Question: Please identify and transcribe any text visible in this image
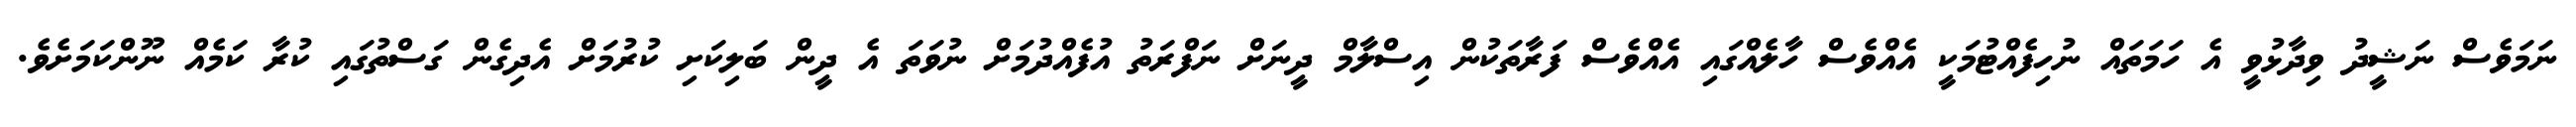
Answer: ނަމަވެސް ނަޝީދު ވިދާޅުވީ އެ ހަމަތައް ނުހިފެއްޓުމަކީ އެއްވެސް ހާލެއްގައި އެއްވެސް ފަރާތަކުން އިސްލާމް ދީނަށް ނަފްރަތު އުފެއްދުމަށް ނުވަތަ އެ ދީން ބަލިކަށި ކުރުމަށް އެދިގެން ގަސްތުގައި ކުރާ ކަމެއް ނޫންކަމަށެވެ.